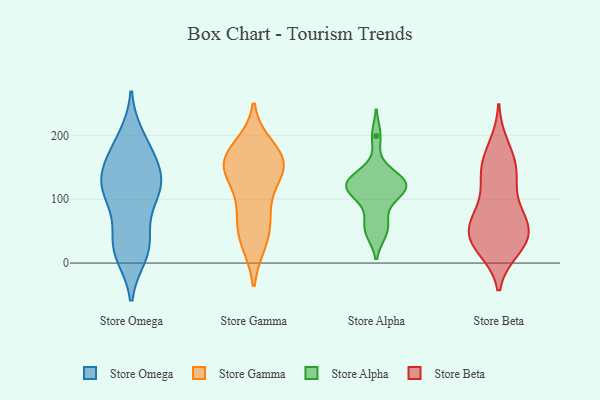
{"axis": {"x": "Headcount", "y": "Value"}, "legend": ["Store Alpha", "Store Beta", "Store Gamma", "Store Omega"], "data": [{"x": "", "y": 89, "type": "Store Omega"}, {"x": "", "y": 104, "type": "Store Omega"}, {"x": "", "y": 123, "type": "Store Omega"}, {"x": "", "y": 41, "type": "Store Omega"}, {"x": "", "y": 133, "type": "Store Omega"}, {"x": "", "y": 14, "type": "Store Omega"}, {"x": "", "y": 120, "type": "Store Omega"}, {"x": "", "y": 116, "type": "Store Omega"}, {"x": "", "y": 24, "type": "Store Omega"}, {"x": "", "y": 190, "type": "Store Omega"}, {"x": "", "y": 196, "type": "Store Omega"}, {"x": "", "y": 119, "type": "Store Omega"}, {"x": "", "y": 23, "type": "Store Omega"}, {"x": "", "y": 165, "type": "Store Omega"}, {"x": "", "y": 150, "type": "Store Omega"}, {"x": "", "y": 25, "type": "Store Omega"}, {"x": "", "y": 160, "type": "Store Omega"}, {"x": "", "y": 156, "type": "Store Gamma"}, {"x": "", "y": 149, "type": "Store Gamma"}, {"x": "", "y": 173, "type": "Store Gamma"}, {"x": "", "y": 70, "type": "Store Gamma"}, {"x": "", "y": 148, "type": "Store Gamma"}, {"x": "", "y": 33, "type": "Store Gamma"}, {"x": "", "y": 32, "type": "Store Gamma"}, {"x": "", "y": 95, "type": "Store Gamma"}, {"x": "", "y": 135, "type": "Store Gamma"}, {"x": "", "y": 148, "type": "Store Gamma"}, {"x": "", "y": 165, "type": "Store Gamma"}, {"x": "", "y": 182, "type": "Store Gamma"}, {"x": "", "y": 65, "type": "Store Gamma"}, {"x": "", "y": 48, "type": "Store Alpha"}, {"x": "", "y": 121, "type": "Store Alpha"}, {"x": "", "y": 199, "type": "Store Alpha"}, {"x": "", "y": 70, "type": "Store Alpha"}, {"x": "", "y": 51, "type": "Store Alpha"}, {"x": "", "y": 125, "type": "Store Alpha"}, {"x": "", "y": 121, "type": "Store Alpha"}, {"x": "", "y": 103, "type": "Store Alpha"}, {"x": "", "y": 115, "type": "Store Alpha"}, {"x": "", "y": 136, "type": "Store Alpha"}, {"x": "", "y": 135, "type": "Store Alpha"}, {"x": "", "y": 115, "type": "Store Alpha"}, {"x": "", "y": 131, "type": "Store Beta"}, {"x": "", "y": 76, "type": "Store Beta"}, {"x": "", "y": 43, "type": "Store Beta"}, {"x": "", "y": 35, "type": "Store Beta"}, {"x": "", "y": 82, "type": "Store Beta"}, {"x": "", "y": 22, "type": "Store Beta"}, {"x": "", "y": 28, "type": "Store Beta"}, {"x": "", "y": 131, "type": "Store Beta"}, {"x": "", "y": 154, "type": "Store Beta"}, {"x": "", "y": 48, "type": "Store Beta"}, {"x": "", "y": 74, "type": "Store Beta"}, {"x": "", "y": 138, "type": "Store Beta"}, {"x": "", "y": 50, "type": "Store Beta"}, {"x": "", "y": 61, "type": "Store Beta"}, {"x": "", "y": 184, "type": "Store Beta"}, {"x": "", "y": 166, "type": "Store Beta"}, {"x": "", "y": 27, "type": "Store Beta"}]}